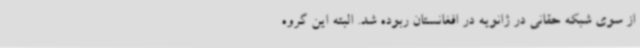
از سوی شبکه حقانی در ژانویه در افغانستان ربوده شد. البته این گروه